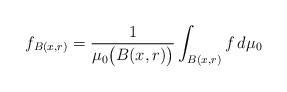
LaTeX: \begin{align*}f_{B(x,r)}=\frac{1}{\mu_0\bigl(B(x,r)\bigr)}\int_{B(x,r)}f\,d\mu_0\end{align*}